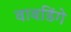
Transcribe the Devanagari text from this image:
वावडिंगे